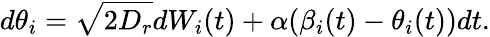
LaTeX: d\theta_{i}=\sqrt{2D_{r}}dW_{i}(t)+\alpha(\beta_{i}(t)-\theta_{i}(t))dt.